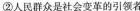
②人民群众是社会变革的引领者